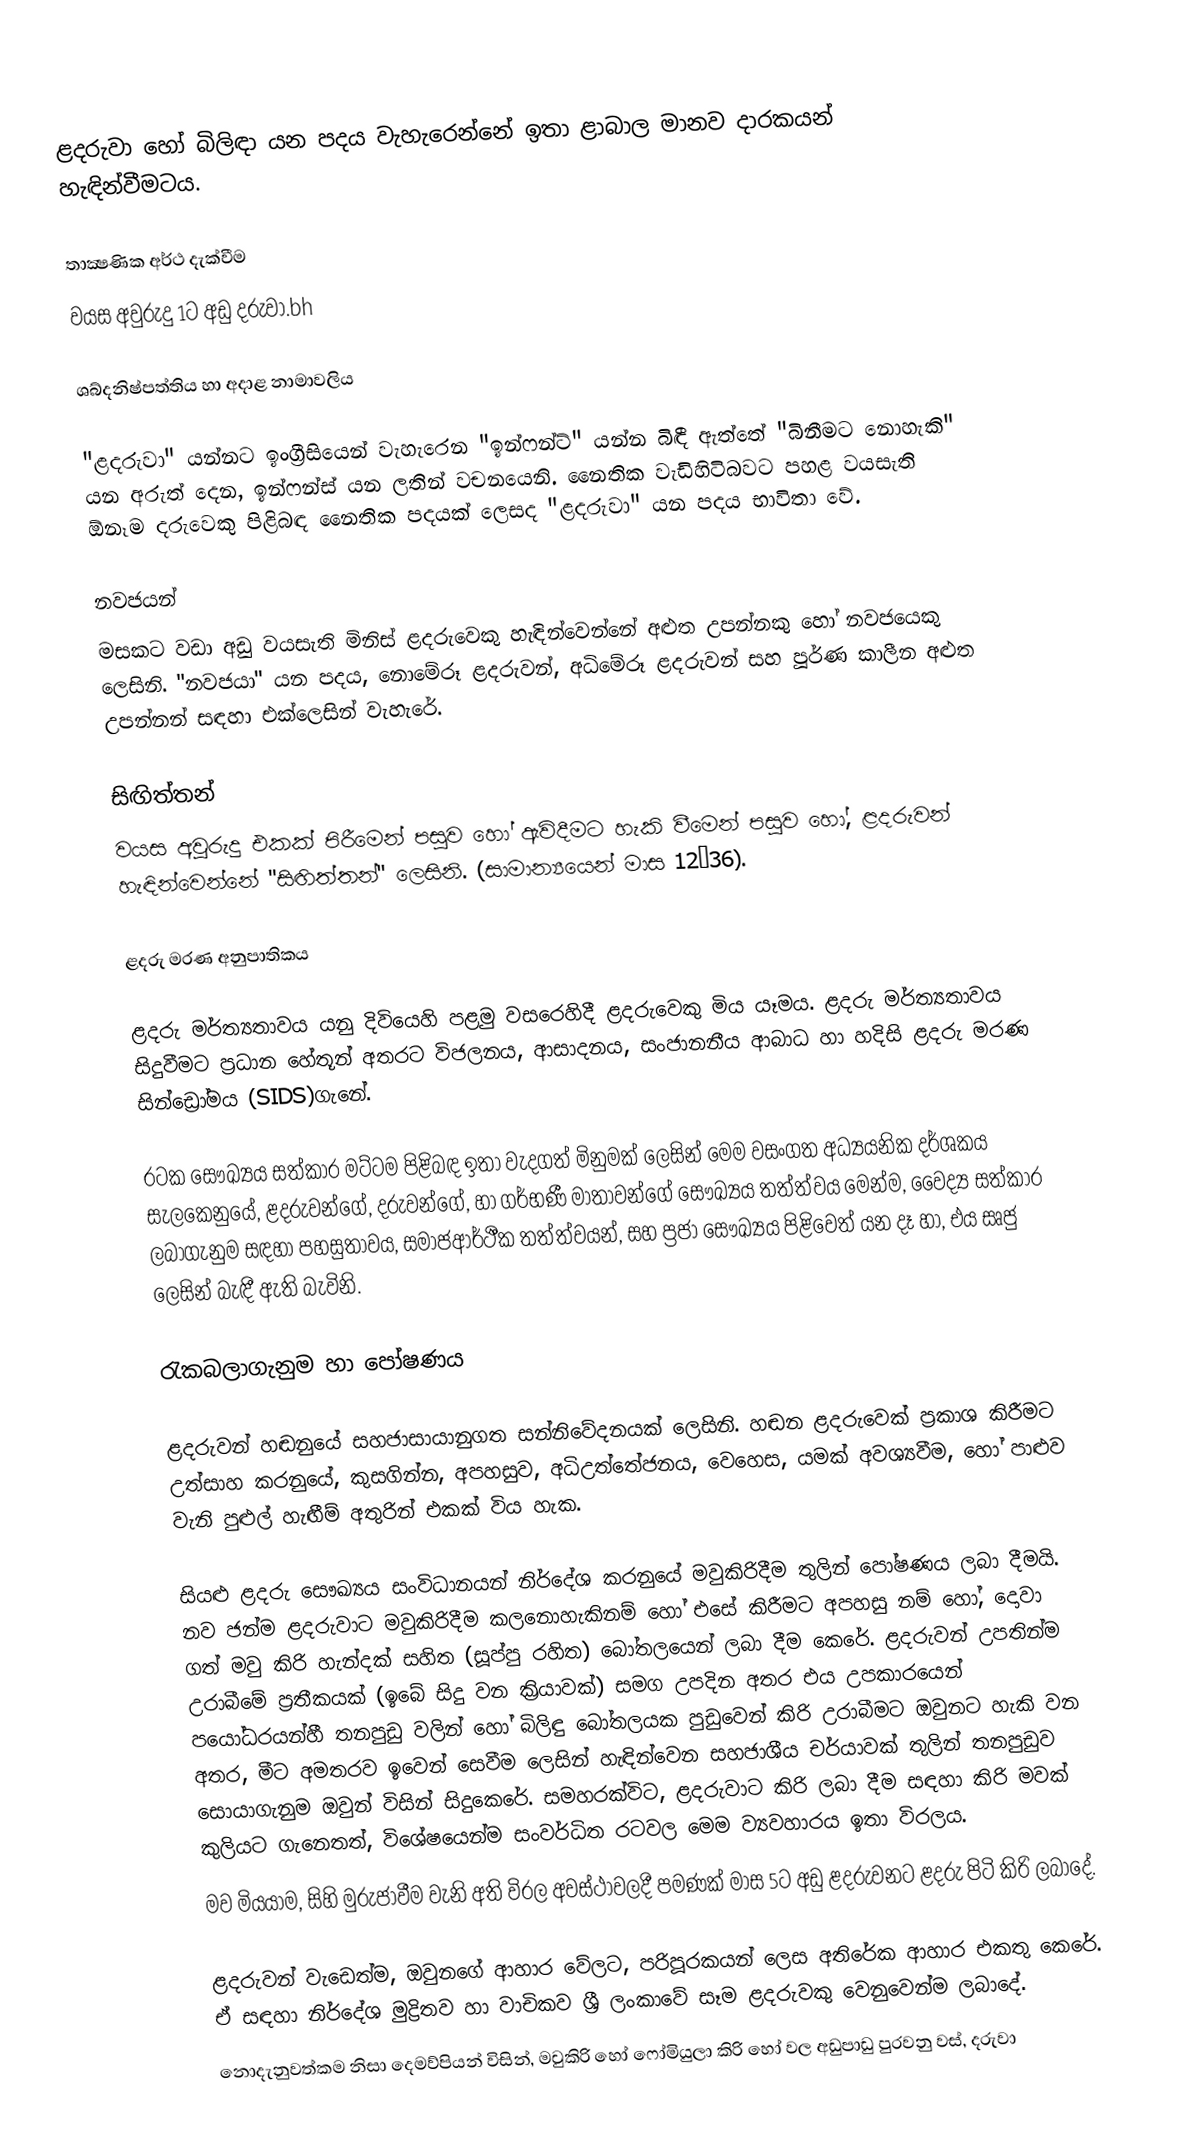
ළදරුවා හෝ බිලිඳා යන පදය වැහැරෙන්නේ ඉතා ළාබාල මානව  දාරකයන් හැඳින්වීමටය.

තාක්‍ෂණික අර්ථ දැක්වීම
වයස අවුරුදු 1ට අඩු දරුවා.bh

ශබ්දනිෂ්පත්තිය හා අදාළ නාමාවලිය

"ළදරුවා" යන්නට ඉංග්‍රීසියෙන් වැහැ‍රෙන "ඉන්ෆන්ට්" යන්න බිඳී ඇත්තේ "බිනීමට නොහැකි" යන අරුත් දෙන,  ඉන්ෆන්ස් යන  ලතින් වචනයෙනි.    නෛතික වැඩිහිටිබවට පහළ වයසැති ඕනෑම දරුවෙකු පිළිබඳ ‍නෛතික පදයක් ලෙසද  "ළදරුවා" යන පදය භාවිතා  වේ.

නවජයන්
මසකට වඩා අඩු වයසැති මිනිස් ළදරුවෙකු හැඳින්වෙන්නේ අළුත උපන්නකු හෝ නවජයෙකු ලෙසිනි. "නවජයා" යන පදය,  නොමේරූ ළදරුවන්, අධි‍මේරූ ළදරුවන් සහ පූර්ණ කාලීන අළුත උපන්නන් සඳහා එක්ලෙසින් වැහැ‍රේ.

සිඟිත්තන්
වයස අවුරුදු එකක් පිරී‍මෙන් පසුව ‍හෝ ඇවිදීමට හැකි වී‍මෙන් පසුව ‍හෝ, ළදරුවන් හැඳින්වෙන්නේ  "සිඟිත්තන්" ලෙසිනි. (සාමාන්‍යයෙන්  මාස 12–36).

ළදරු මරණ අනුපාතිකය

ළදරු මර්ත්‍යතාවය යනු දිවියෙහි පළමු වසරෙහිදී ළදරුවෙකු මිය යෑමය. ළදරු මර්ත්‍යතාවය සිදුවීමට ප්‍රධාන හේතූන් අතරට  විජලනය, ආසාදනය, සංජානනීය ආබාධ හා  හදිසි ළදරු මරණ සින්ඩ්‍රෝමය (SIDS)ගැනේ.

රටක ‍සෞඛ්‍යය සත්කාර මට්ටම පිළිබඳ ඉතා වැදගත් මිනුමක් ලෙසින් මෙම වසංගත අධ්‍යයනික දර්ශකය සැලකෙනුයේ,  ළදරුවන්ගේ, දරුවන්ගේ, හා ගර්භණී මාතාවන්ගේ  සෞඛ්‍යය තත්ත්වය මෙන්ම,  වෛද්‍ය සත්කාර ලබාගැනුම සඳහා පහසුතාවය,  සමාජආර්ථීක තත්ත්වයන්, සහ ප්‍රජා සෞඛ්‍යය පිළිවෙත් යන දෑ හා, එය සෘජු ලෙසින් බැඳී ඇති බැවිනි.

රැකබලාගැනුම හා පෝෂණය

ළදරුවන් හඬනුයේ සහජාසායානුගත සන්නිවේදනයක් ලෙසිනි. හඬන ළදරුවෙක් ප්‍රකාශ කිරීමට උත්සාහ කරනුයේ, කුසගින්න, අපහසුව, අධිඋත්තේජනය, වෙහෙස, යමක් අවශ්‍යවීම, හෝ පාළුව වැනි පුළුල් හැඟීම් අතුරින් එකක්  විය හැක.

සියළු ළදරු සෞඛ්‍යය සංවිධානයන් නිර්දේශ කරනු‍යේ මවුකිරිදීම තුලින් පෝෂණය ලබා දීමයි. නව ජන්ම ළදරුවාට මවුකිරිදීම කලනොහැකිනම් හෝ එසේ කිරීමට අපහසු නම් හෝ, ‍දොවා ගත් මවු කිරි  හැන්දක් සහිත (සූප්පු රහිත) බෝතලයෙන් ලබා දීම කෙරේ. ළදරුවන් උපතින්ම  උරාබීමේ ප්‍රතීකයක් (ඉබේ සිදු වන ක්‍රියාවක්)  සමග උපදින අතර එය උපකාරයෙන්  පයෝධරයන්හී  තනපුඩු වලින් හෝ  බිලිඳු බෝතලයක පුඩුවෙන් කිරි උරාබීමට ඔවුනට හැකි වන අතර, මීට අමතරව ඉවෙන් සෙවීම ලෙසින් හැඳින්වෙන  සහජාශීය චර්යාවක් තුලින් තනපුඩුව සොයාගැනුම ඔවුන් විසින් සිදුකෙරේ. සමහරක්විට, ළදරුවාට කිරි ලබා දීම සඳහා කිරි මවක්  කුලියට ගැනෙතත්, විශේෂයෙන්ම සංවර්ධිත රටවල මෙම ව්‍යවහාරය ඉතා විරලය.
මව මියයාම, සිහි මුරුජාවීම වැනි අති විරල අවස්ථාවලදී පමණක් මාස 5ට අඩු ළදරුවනට ළදරු පිටි කිරි ලබාදේ.

ළදරුවන් වැඩෙත්ම, ඔවුනගේ ආහාර වේලට,  පරිපූරකයන් ලෙස අතිරේක ආහාර එකතු කෙරේ. ඒ සඳහා නිර්දේශ මුද්‍රිතව හා වාචිකව ශ්‍රී ලංකාවේ සෑම ළදරුවකු වෙනුවෙන්ම ලබාදේ.
නොදැනුවත්කම නිසා දෙමව්පියන් විසින්, මවුකිරි හෝ ෆෝමියුලා කිරි හෝ වල අඩුපාඩු පුරවනු වස්, දරුවා